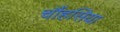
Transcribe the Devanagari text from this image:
चौंहसिया